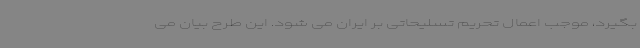
بگیرد، موجب اعمال تحریم تسلیحاتی بر ایران می شود. این طرح بیان می